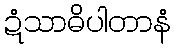
ဍံသာဓိပါတာနံ